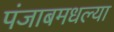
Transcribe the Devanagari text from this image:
पंजाबमधल्या